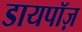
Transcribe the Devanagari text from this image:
डायपॉज़